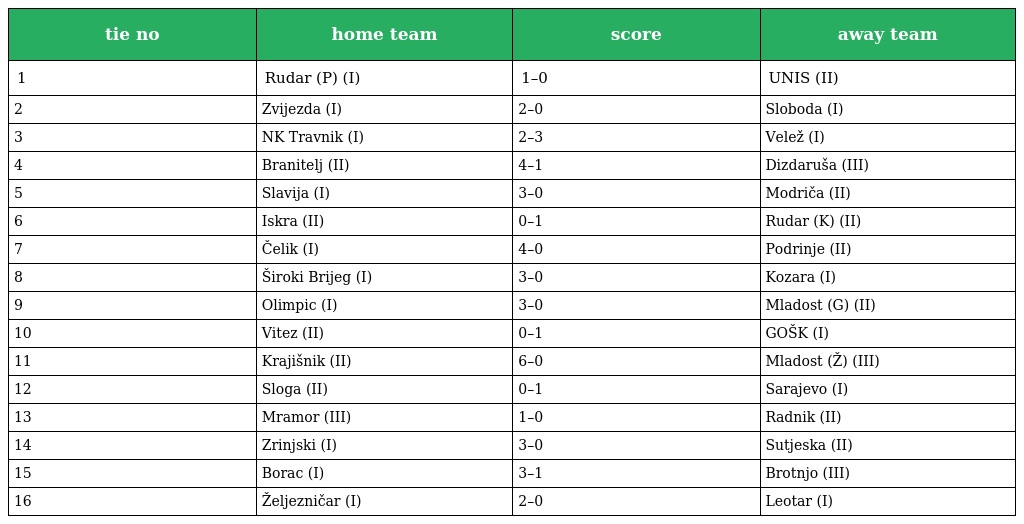
| tie no | home team | score | away team |
 | --- | --- | --- | --- |
 | 1 | Rudar (P) (I) | 1–0 | UNIS (II) |
 | 2 | Zvijezda (I) | 2–0 | Sloboda (I) |
 | 3 | NK Travnik (I) | 2–3 | Velež (I) |
 | 4 | Branitelj (II) | 4–1 | Dizdaruša (III) |
 | 5 | Slavija (I) | 3–0 | Modriča (II) |
 | 6 | Iskra (II) | 0–1 | Rudar (K) (II) |
 | 7 | Čelik (I) | 4–0 | Podrinje (II) |
 | 8 | Široki Brijeg (I) | 3–0 | Kozara (I) |
 | 9 | Olimpic (I) | 3–0 | Mladost (G) (II) |
 | 10 | Vitez (II) | 0–1 | GOŠK (I) |
 | 11 | Krajišnik (II) | 6–0 | Mladost (Ž) (III) |
 | 12 | Sloga (II) | 0–1 | Sarajevo (I) |
 | 13 | Mramor (III) | 1–0 | Radnik (II) |
 | 14 | Zrinjski (I) | 3–0 | Sutjeska (II) |
 | 15 | Borac (I) | 3–1 | Brotnjo (III) |
 | 16 | Željezničar (I) | 2–0 | Leotar (I) |